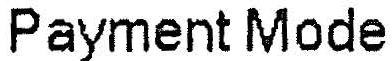
PAYMENT MODE